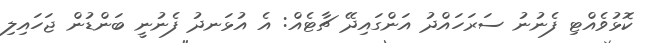
ކޮޅުވެއްޓި ފެނުނު ސަރަހައްދު އަންގައިދޭ ޗާޓެއް: އެ އުޅަނދު ފެނުނީ ބަންޑުން ޖަހައިލި